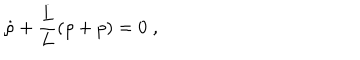
LaTeX: \dot { \rho } + \frac { \dot { L } } { L } ( \rho + p ) = 0 \; ,